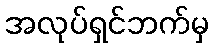
အလုပ်ရှင်ဘက်မှ